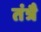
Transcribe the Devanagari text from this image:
तंत्रै